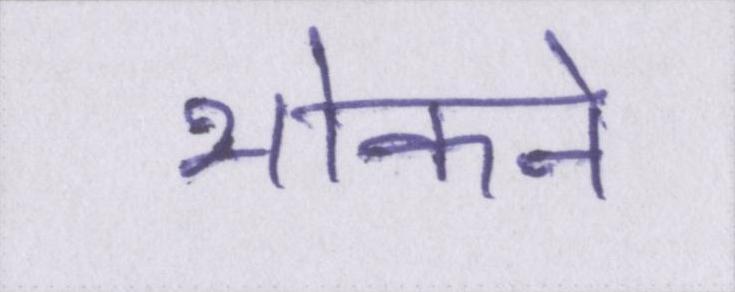
भोकने